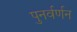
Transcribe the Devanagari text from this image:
पुनर्वर्णन